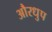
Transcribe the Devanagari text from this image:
औरधुप